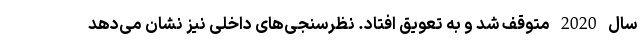
سال 2020 متوقف شد و به تعویق افتاد. نظرسنجی‌های داخلی نیز نشان می‌دهد